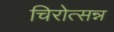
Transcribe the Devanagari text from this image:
चिरोत्सन्न